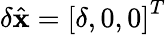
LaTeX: \delta\hat{\mathbf x}=\left[\delta,0,0\right]^{T}